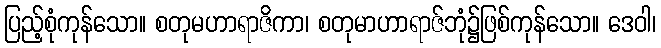
ပြည့်စုံကုန်သော။ စတုမဟာရာဇိကာ၊ စတုမာဟာရာဇ်ဘုံ၌ဖြစ်ကုန်သော။ ဒေဝါ၊